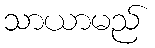
သာယာမည်